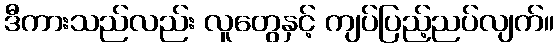
ဒီကားသည်လည်း လူတွေနှင့် ကျပ်ပြည့်ညပ်လျက်။